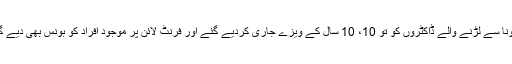
کورونا سے لڑنے والے ڈاکٹروں کو تو 10، 10 سال کے ویزے جاری کردیے گئے اور فرنٹ لائن پر موجود افراد کو بونس بھی دیے گئے۔